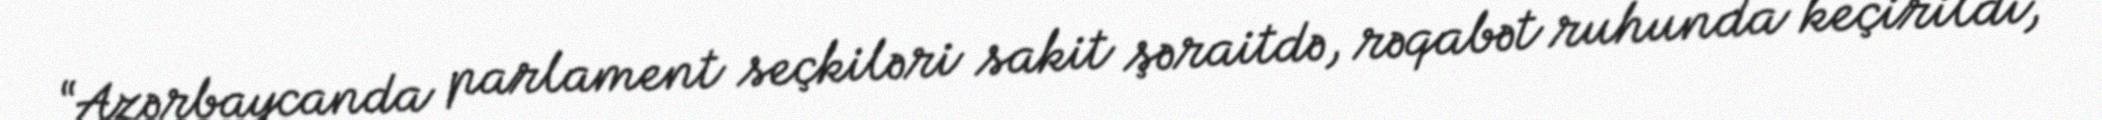
“Azərbaycanda parlament seçkiləri sakit şəraitdə, rəqabət ruhunda keçirildi,